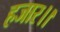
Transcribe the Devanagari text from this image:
हजार।।